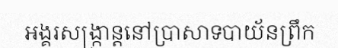
អង្គរសង្ក្រាន្តនៅប្រាសាទបាយ័នព្រឹក